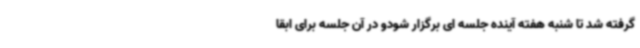
گرفته شد تا شنبه هفته آینده جلسه ای برگزار شودو در آن جلسه برای ابقا